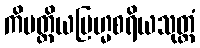
ကိမတ္ထိယဗြဟ္မစရိယသုတ္တံ